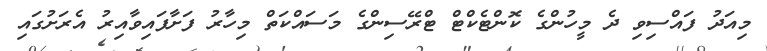
މިއަދު ފައްސިވި ދެ މީހުންގެ ކޮންޓެކްޓް ޓްރޭސިންގެ މަސައްކަތް މިހާރު ފަށާފައިވާއިރު އެރަށުގައި